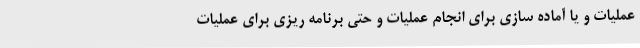
عملیات و یا آماده سازی برای انجام عملیات و حتی برنامه ریزی برای عملیات